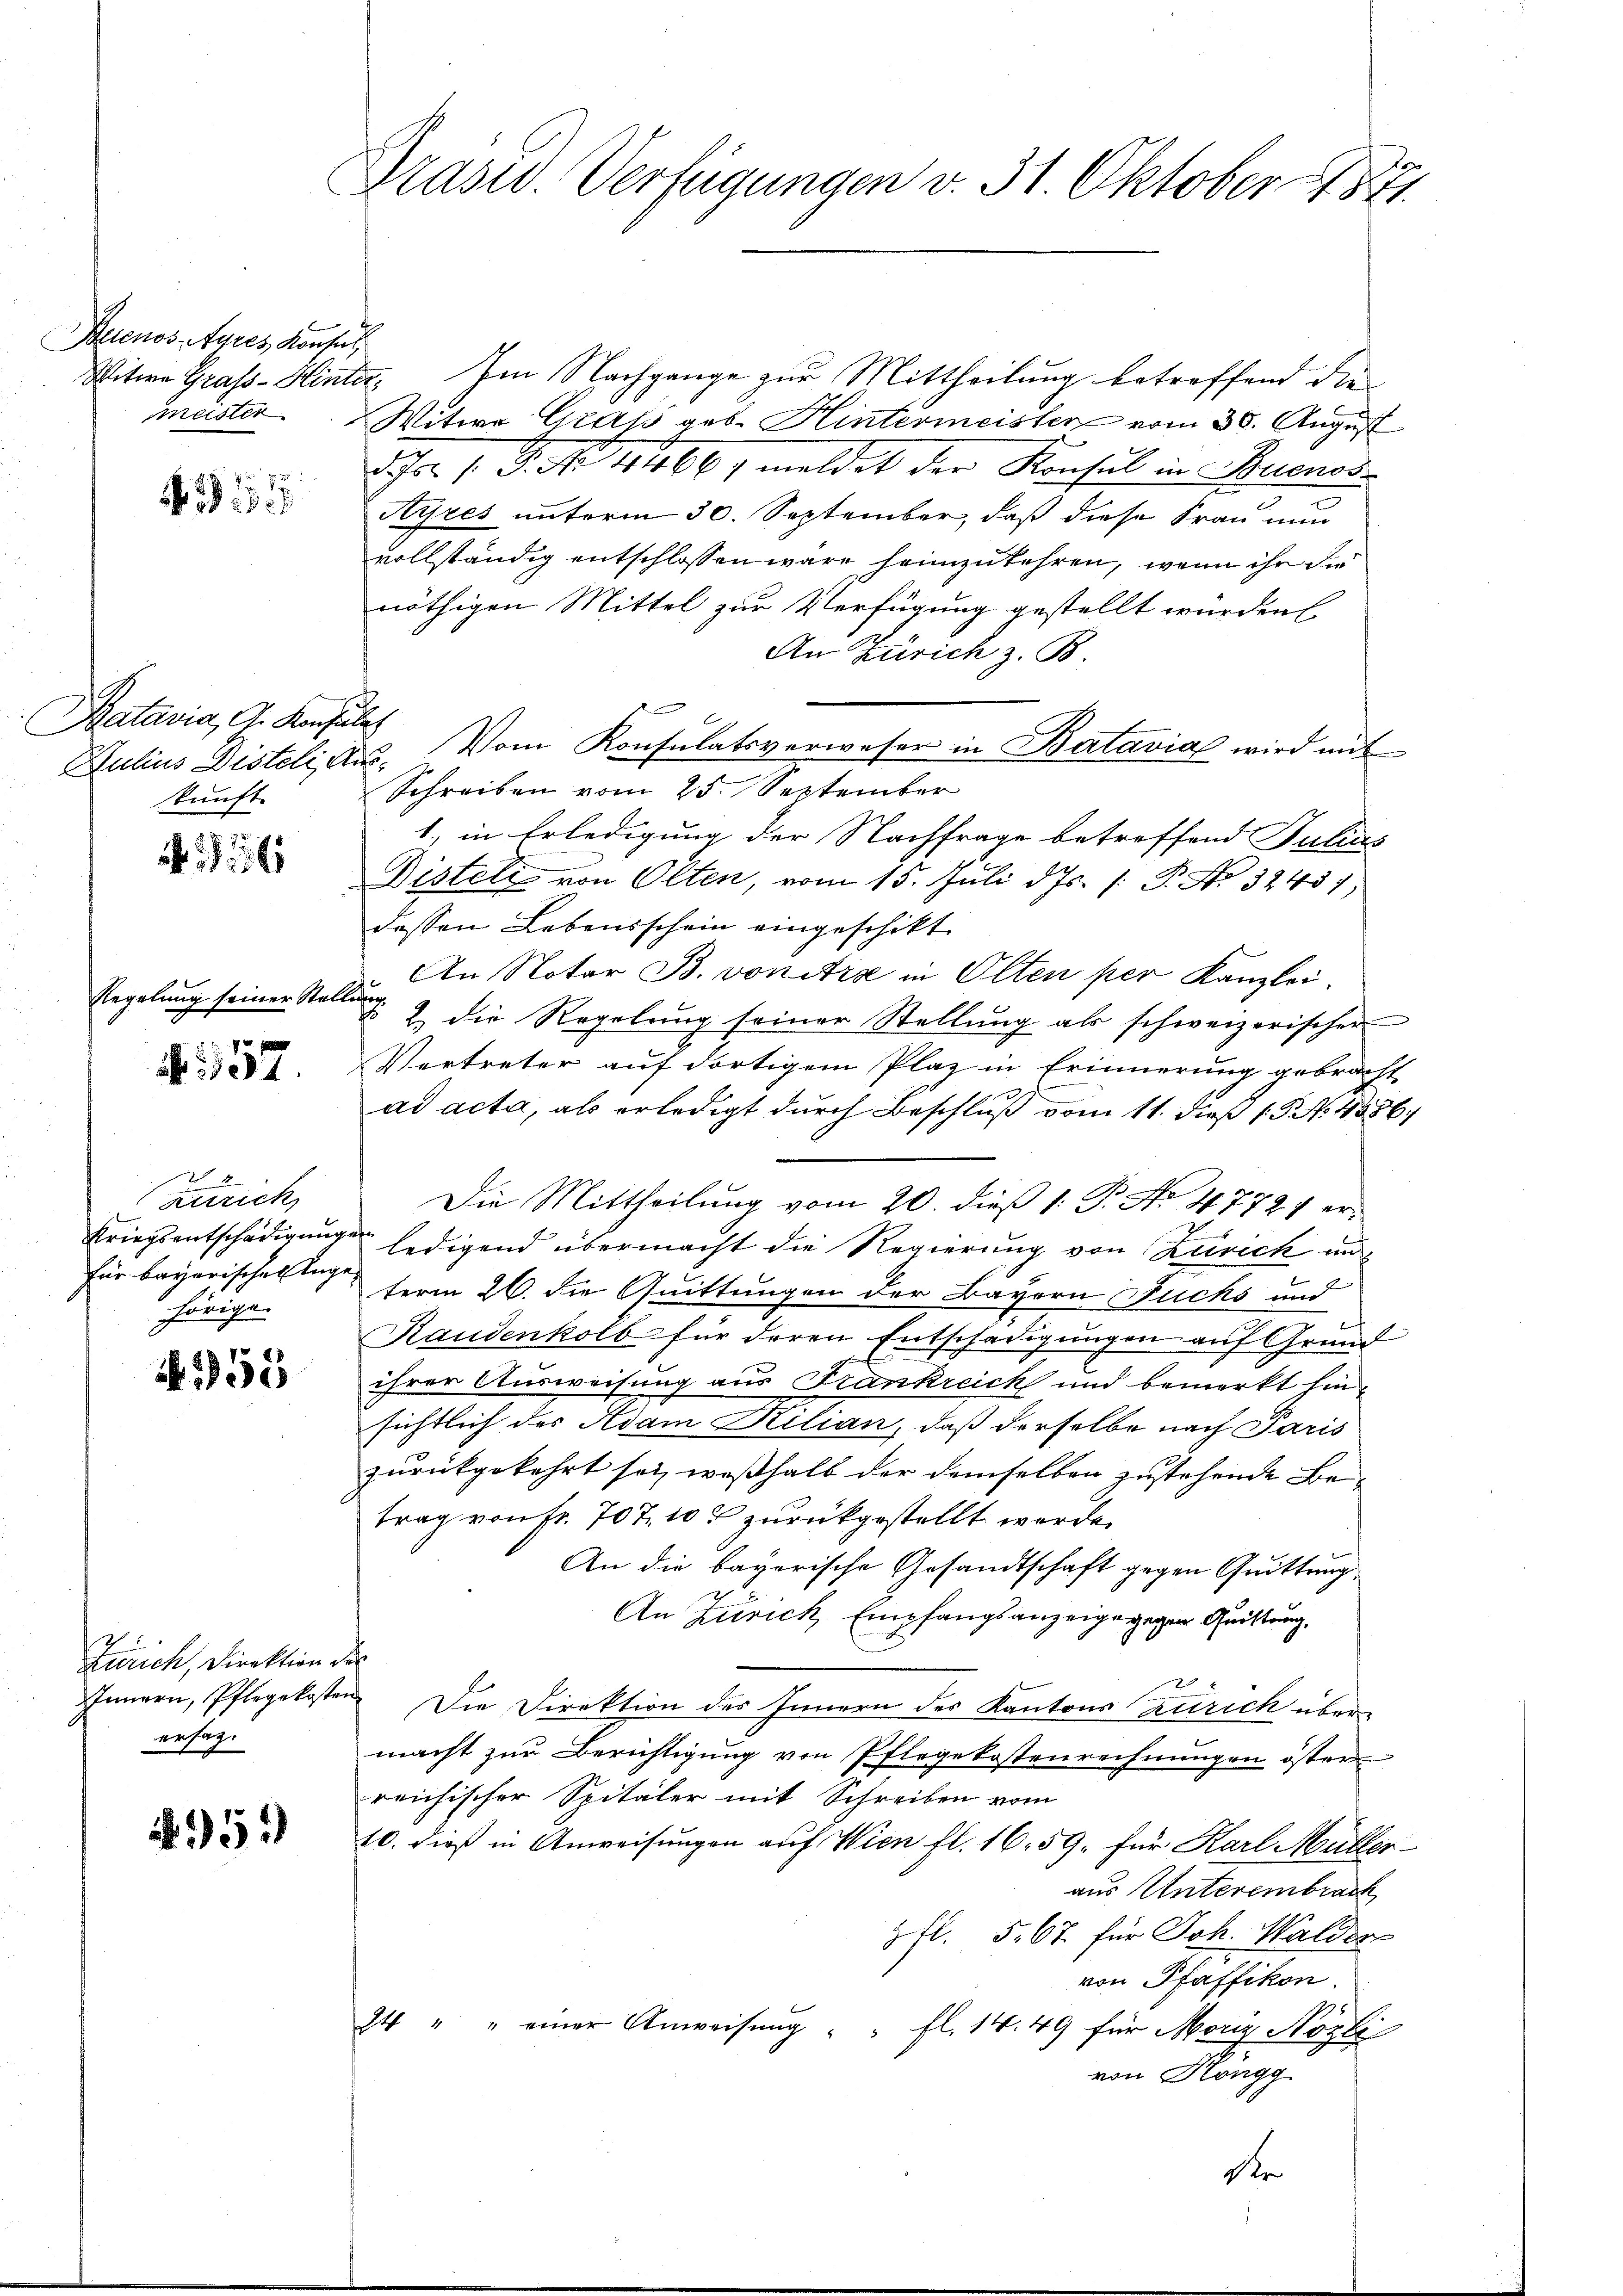
Buenos-Ayres Konsul
Witwe Grafs - Hinte
meister

2

Batavia, A. Konsulat
Julius Disteli, An
kunft

1561

Regelung seiner Stelle

N 557.

Zürich
Kriegsentschädigung
für bayerischen Ange
hörige

3955

x
Zürich, Direktion der
ersatz.

51)

Drasid. Verfügungen v. 31. Oktober 1871

. Im Nachgange zur Mittheilung betreffend die
Witwe Gras geb. Hintermeister vom 30. August
Fr. 1. P. No. 4166) meldet der Konsul in Buenoss
Ayres unterm 30. September, daß diese Frau nun
vollständig entschlossen wäre heimzukehren, wenn ihr die
nöthigen Mittel zur Verfügung gestellt würden
An Zürich z. B.
Vom Konsulatsverweser in Batavia wird mit
u
Schreiben vom 25. September
1., in Erledigung der Nachfrage betreffend Julius
Disteli von Olten, vom 15. Juli d. Js. [: P. No 32451)
dessen Lebensschein eingeschikt.
An Notar B. vonitia in Olten per Kanzlei.
f
2 die Regelung seiner Stellŭng als schweizerischer
Vertreter auf dortigem Plaz in Erinnerung gebracht
ad acta, als erledigt durch Beschluß vom 11. dieß P. N. 4556.
Die Mittheilung vom 20. dieß 1. P. No. 47721 er¬
¬
ledigend übermacht die Regierung von Zürich un
term 26. die Quittungen der Bayern Buchs und
Randenkolb für deren Entschädigungen auf Grund
ihrer Ausweisung aus Frankreich und bemerkt hinsichtlich des Adam Rilian, daß derselbe nach Paris
zurückgekehrt sei, weßhalb der demselben zustehende Betrag von Fr. 707. 10. zurückgestellt werde.
An die bayerische Gesandtschaft gegen Quittung
An Zürich Empfangsanzeige gegen Quittung,
Innern, Pflegekosten Die Direktion des Innern des Kantons Zürich übermacht zur Berichtigung von Pflegekostenrechnungen öster
reichischer Spitäler mit Schreiben vom
10. dieß in Anweisungen auf Wien fl. 16. 59. für Karl Müller-
aus Unterembrach
3 fl. 567 für Joh. Walder
von Pfaffikon.
I4 " " einer Anweisung
 fl. 14. 49 für Moriz Nözli
von Höngg
Dr